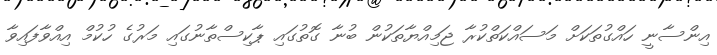
އިންސާނީ ހައްގުތަކަށް މަސައްކަތްކުރާ ޖަމިއްޔާތަކުން ބުނާ ގޮތުގައި ޕާކިސްތާނުގައި މަރުގެ ހުކުމް އިއްވާފައިވާ